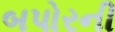
બપોરની